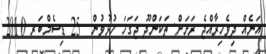
އަނެއް ދިވެހިރާއްޖެ ރަށަށް: ތަކަންދޫ ޖަގަހަ ހުޅުވުން  25 ޑިސެމްބަރ 2010